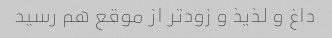
داغ و لذیذ و زودتر از موقع هم رسید